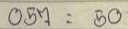
057 = 50